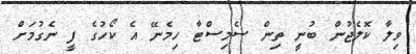
ވިލާ ކޮލެޖުން ބުނީ ތިން ސެމިސްޓާ ހިމެނޭ އެ ކޯހުގެ ފީ ނެގުމަށް